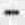
-